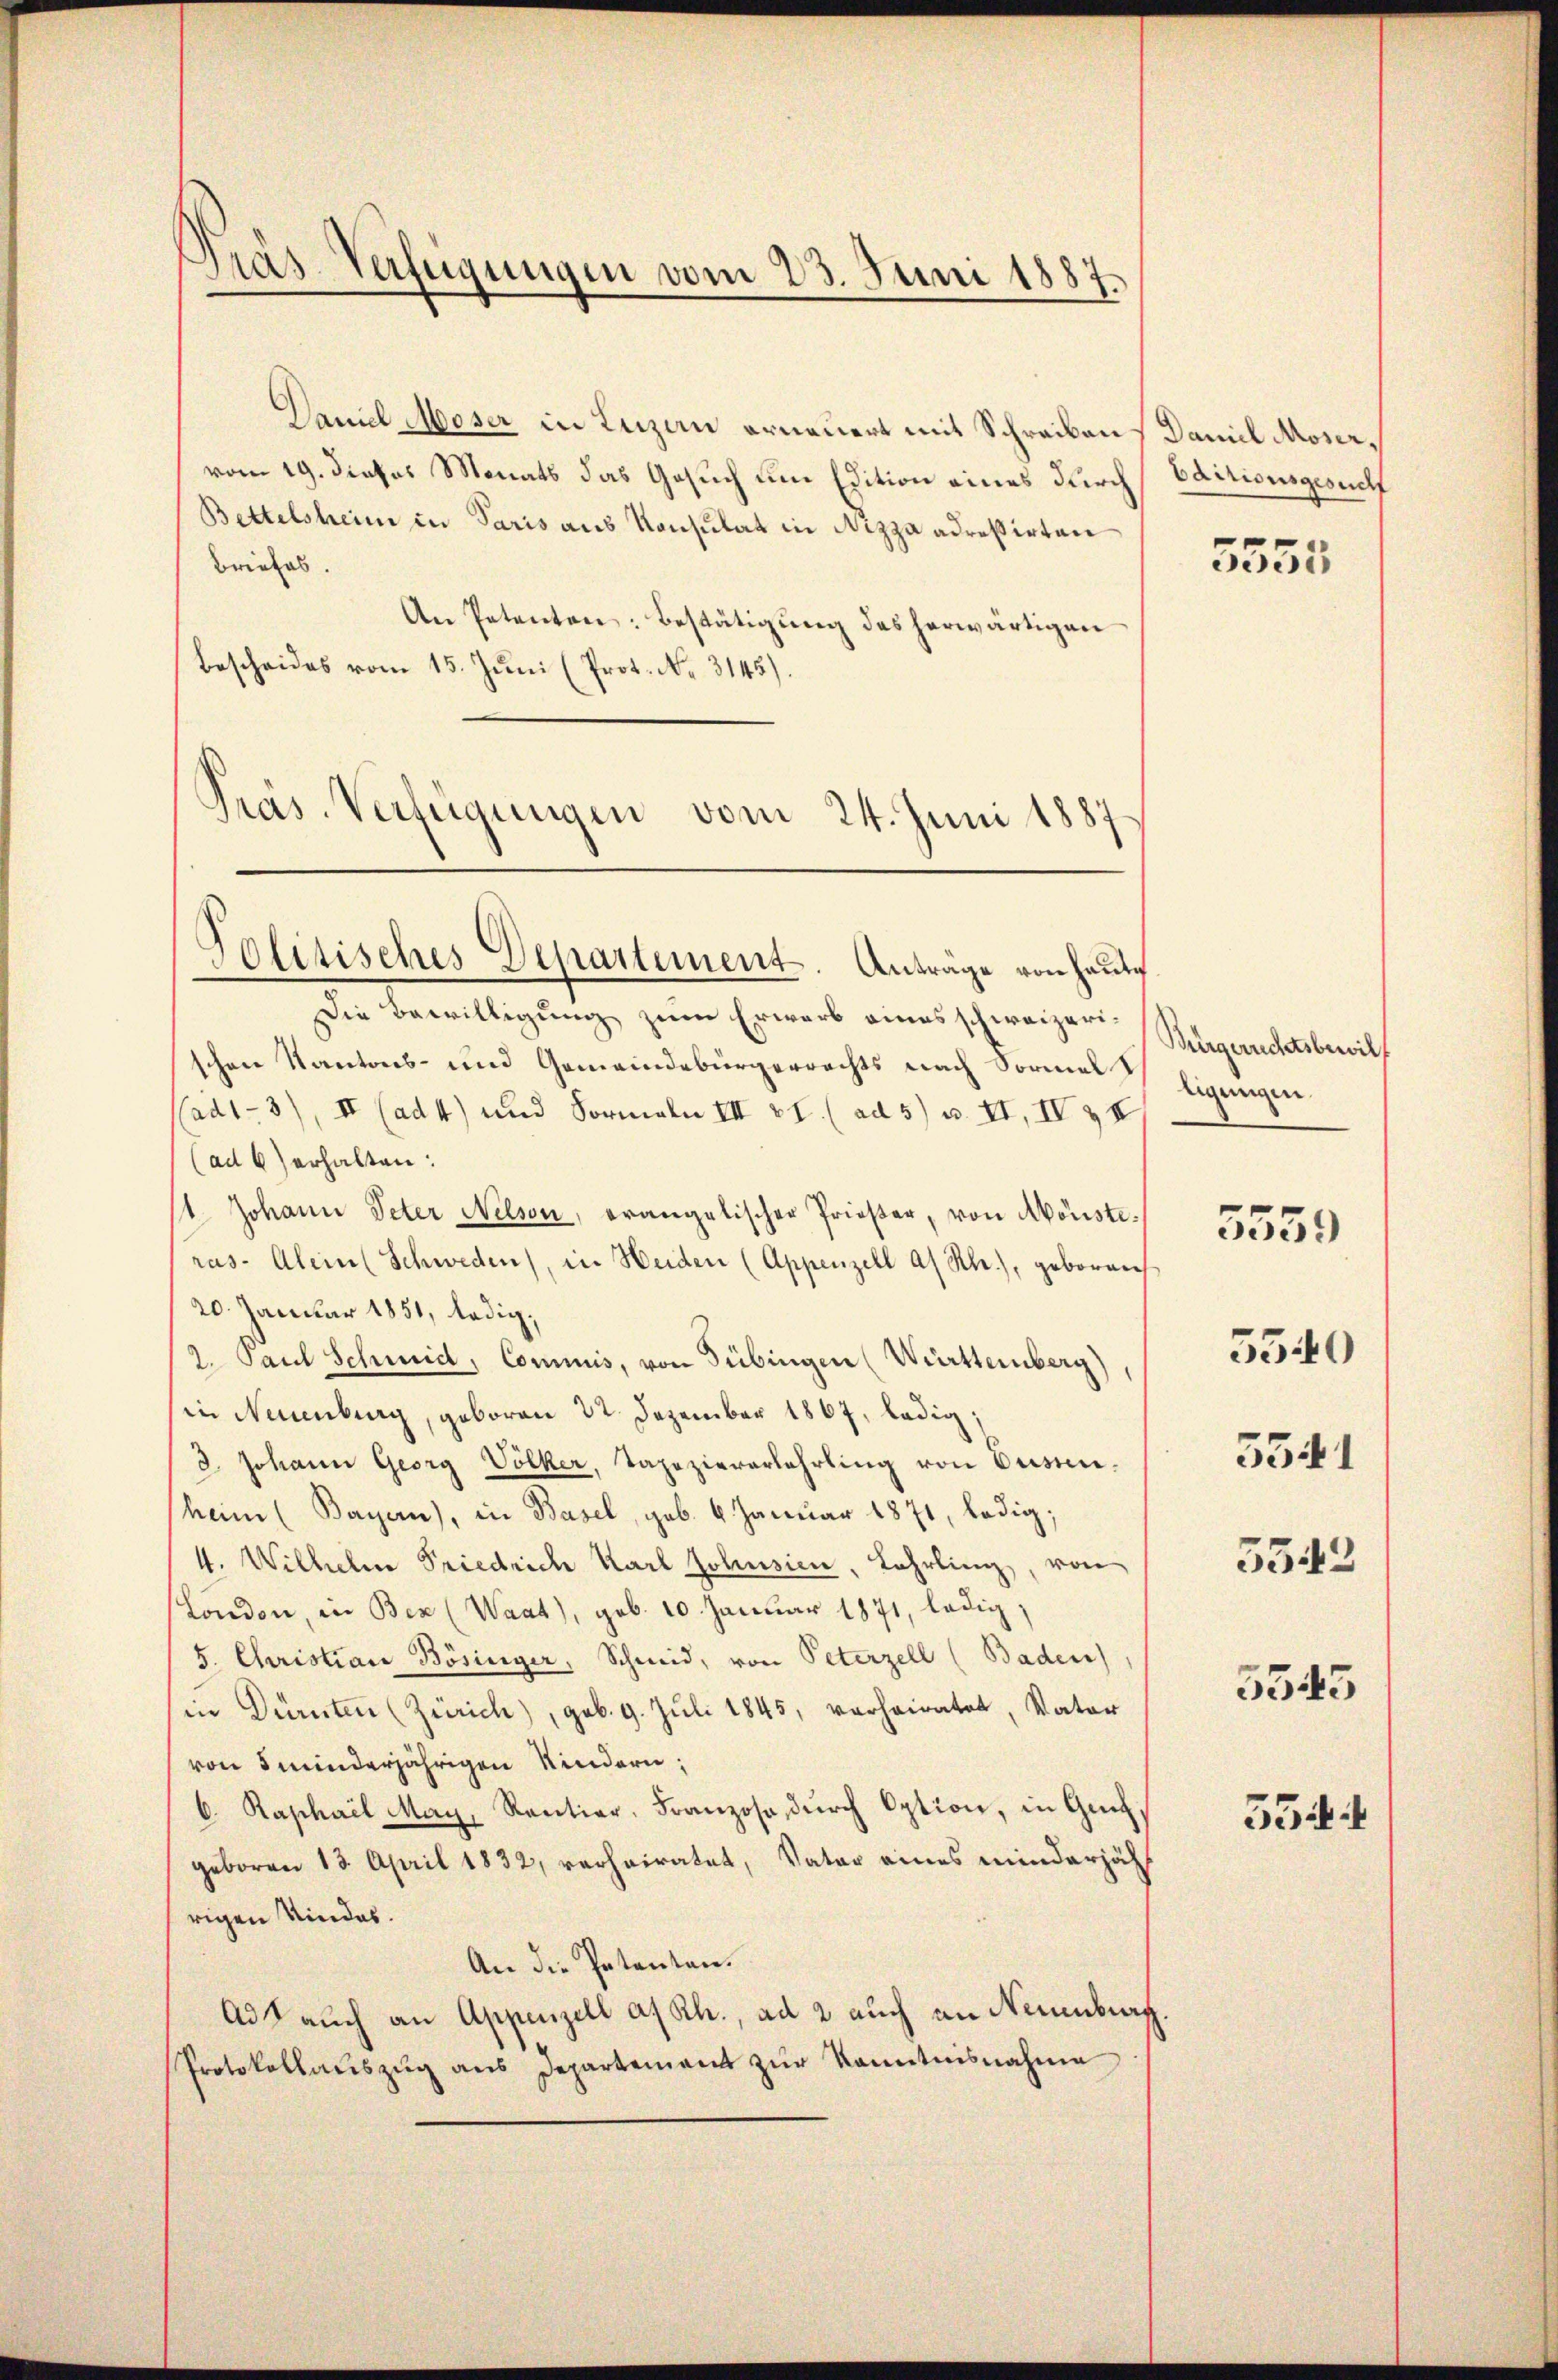
Pras-Verfügungen vom 23. Juni 1887.

Daniel Moser in Luzern erneuert mit Schreibens Daniel Moservom 19. dieses Monats das Gesuch um Edition eines durch
Bettelsheim in Paris aus Konsulat in Nizza adressirten
Briefes.
An Petenten: Bestätigung des herwärtigen
Bescheides vom 15. Juni (Prot. No. 3145).

Präs. Verfügungen vom 24. Juni 1887

Politisches Departement. Antrage von heute

Die Bewilligung zum Erwarb eines schweizerischen Kantons- und Gemeindebürgerrechts nach Formelligungen.
ad1-3), II (ad 4) und Formeln III VI. (ad 5) u. II, II & II
(ad 6) erhalten:
1. Johann Peter Nelson, erangalischer Prieser, von Mönsterus-Alein Schweden), in Heiden (Appenzell a/ Hl.), geboren
20. Januar 1851, ledig,
2. Paul Schmid, Commis, von Tübingen (Württemberg)
in Neuenburg, geboren 22. Dezember 1867, ledig,
3. Johann Georg Völker, Tapeziererlehrling von Busen.
heim (Bayern), in Basel, geb. 6. Januar 1871, ledig,
4. Wilhelm Friedrich Karl Johnsien, Lehrling, von
London, in Bex (Waat), geb. 10. Januar 1871, ledig,
5. Christian Bösinger, Schmid, von Peterzell (Baden)
in Dürnten (Zürich), geb. 9. Jŭli 1845, verheiratet, Vater
von 5 minderjährigen Kindern;
6. Raphael May, Rentier, Franzose durch Option, in Guich,
geboren 13. April 1832, verheiratet, Vater eines minderjäh
rigen Kindes.
An die Petenten.
Ad 2 auch an Appenzell a/Rh., ad 2 auch an Neuenburg.
Protokollaŭszŭg ans Departement zŭr Kenntnisnahme

bditionsgesucht

5553

Bürgerichtsbewill

5559

5540

5541

5342

5545

554 f